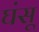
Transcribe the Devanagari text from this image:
घंसू